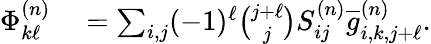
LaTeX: \begin{array}{rl}{\Phi_{k\ell}^{(n)}}&{{}=\sum_{i,j}(-1)^{\ell}\binom{j+\ell}{j}S_{ij}^{(n)}\overline{{g}}_{i,k,j+\ell}^{(n)}.}\end{array}